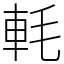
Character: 軞